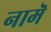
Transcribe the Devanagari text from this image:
नामॆ